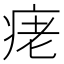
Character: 𤶁